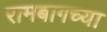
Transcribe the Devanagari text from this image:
रामबागच्या